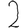
Digit: 2